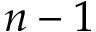
n - 1